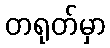
တရုတ်မှာ